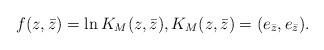
LaTeX: \begin{align*}f(z,\bar{z})=\ln K_M(z,\bar{z}), K_M(z,\bar{z})=(e_{\bar{z}},e_{\bar{z}}).\end{align*}